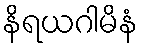
နိရယဂါမိနံ